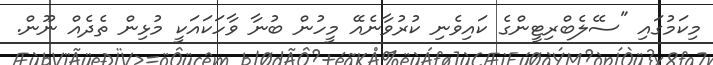
މިކަމުގައި "ސެެލެބްރިޓީންގެ ކައިވެނި ކުރުވާނެއޭ މީހުން ބުނާ ވާހަކައަކީ މުޅިން ތެދެއް ނޫން.